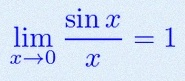
\lim_{x\to0}\frac{\sin x}{x}=1